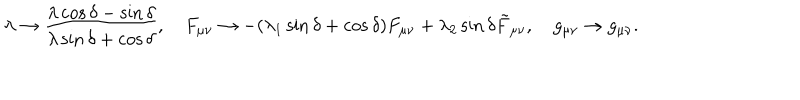
\lambda \to { \frac { \lambda \cos \delta - \sin \delta } { \lambda \sin \delta + \cos \delta } } , F _ { \mu \nu } \to - ( \lambda _ { 1 } \sin \delta + \cos \delta ) F _ { \mu \nu } + \lambda _ { 2 } \sin \delta \tilde { F } _ { \mu \nu } , g _ { \mu \nu } \to g _ { \mu \nu } .